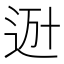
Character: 𨒒